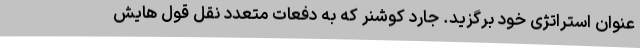
عنوان استراتژی خود برگزید. جارد کوشنر که به دفعات متعدد نقل قول هایش